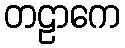
တဠာကေ